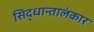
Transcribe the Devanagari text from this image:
सिद्धान्तालंकार